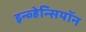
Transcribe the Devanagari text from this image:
इन्व्हेन्सियॉन